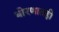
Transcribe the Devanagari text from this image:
धोरणातही